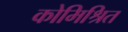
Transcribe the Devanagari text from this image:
कोमिश्रित